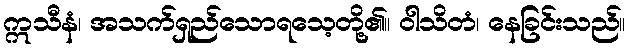
ဣသီနံ၊ အသက်ရှည်သောရသေ့တို့၏။ ဝါသိတံ၊ နေခြင်းသည်။